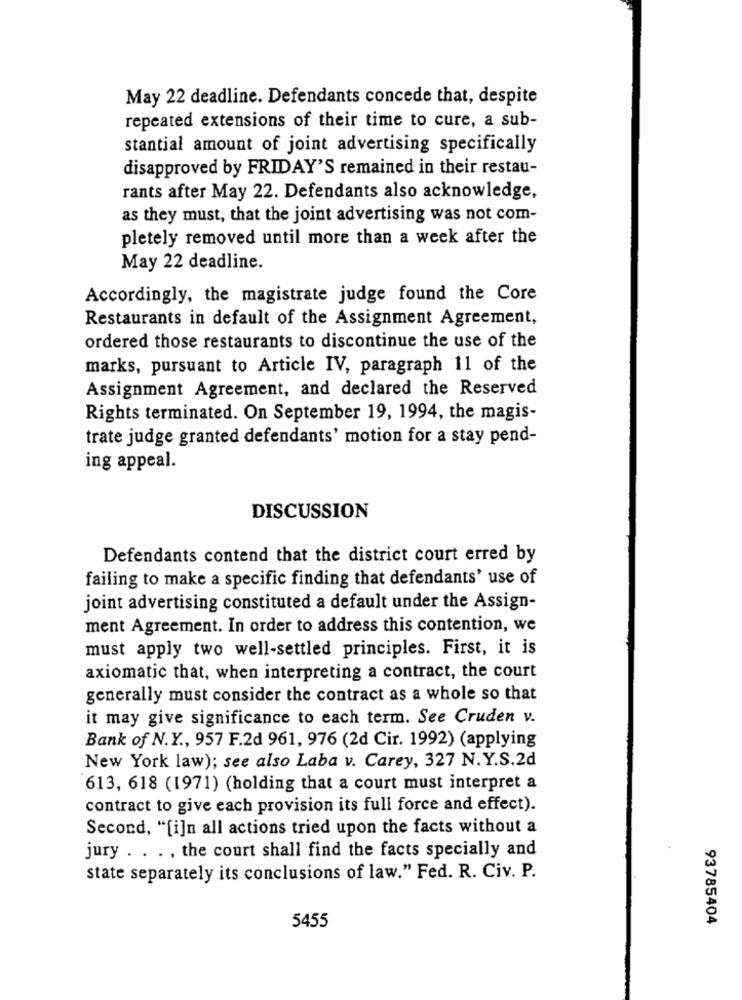
May 22 deadline. Defendants concede that, despite
repeated extensions of their time to cure, a sub-
stantial amount of joint advertising specifically
disapproved by FRIDAY'S remained in their restau-
rants after May 22. Defendants also acknowledge,
as they must, that the joint advertising was not com-
pletely removed until more than a week after the
May 22 deadline.
Accordingly, the magistrate judge found the Core
Restaurants in default of the Assignment Agreement,
ordered those restaurants to discontinue the use of the
marks, pursuant to Article IV, paragraph 11 of the
Assignment Agreement, and declared the Reserved
Rights terminated. On September 19, 1994, the magis-
trate judge granted defendants' motion for a stay pend-
ing appeal.
DISCUSSION
Defendants contend that the district court erred by
failing to make a specific finding that defendants' use of
joint advertising constituted a default under the Assign-
ment Agreement. In order to address this contention, we
must apply two well-settled principles. First, it is
axiomatic that, when interpreting a contract, the court
generally must consider the contract as a whole so that
it may give significance to each term. See Cruden v.
Bank of N.Y ., 957 F.2d 961, 976 (2d Cir. 1992) (applying
New York law); see also Laba v. Carey, 327 N.Y.S.2d
613, 618 (1971) (holding that a court must interpret a
contract to give each provision its full force and effect).
Second, "[i]n all actions tried upon the facts without a
jury . . . , the court shall find the facts specially and
state separately its conclusions of law." Fed. R. Civ. P.
5455
93785404